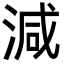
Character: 減